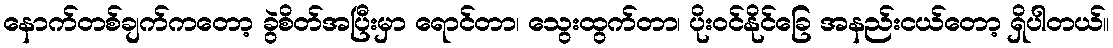
နောက်တစ်ချက်ကတော့ ခွဲစိတ်အပြီးမှာ ရောင်တာ၊ သွေးထွက်တာ၊ ပိုးဝင်နိုင်ခြေ အနည်းငယ်တော့ ရှိပါတယ်။